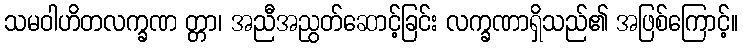
သမဝါဟိတလက္ခဏ တ္တာ၊ အညီအညွတ်ဆောင့်ခြင်း လက္ခဏာရှိသည်၏ အဖြစ်ကြောင့်။